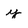
Character: y